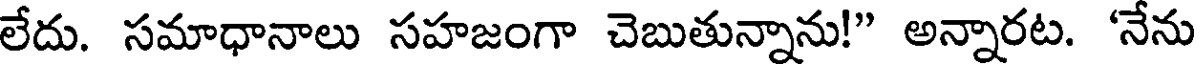
లేదు. సమాధానాలు సహజంగా చెబుతున్నాను!" అన్నారట. 'నేను